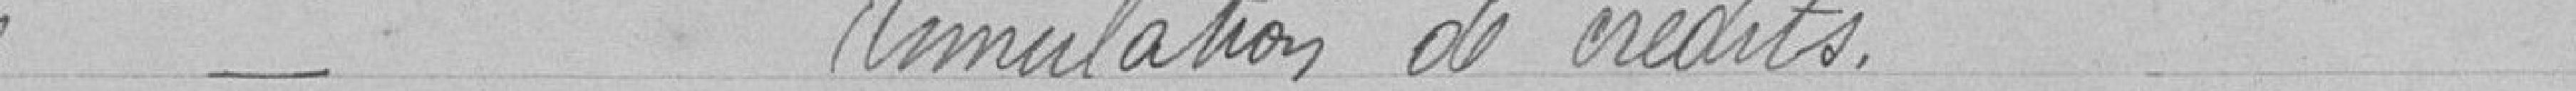
Bureau de Bienfaisance Annulation de crédits